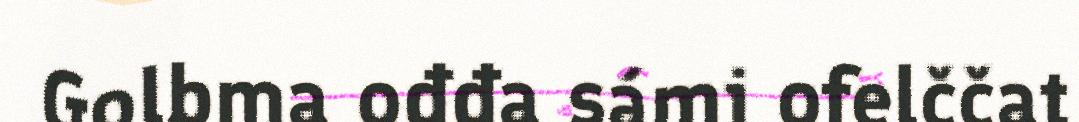
Golbma ođđa sámi ofelččat